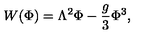
W ( \Phi ) = \Lambda ^ { 2 } \Phi - \frac { g } { 3 } \Phi ^ { 3 } ,